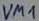
Text: VM1